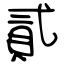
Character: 貳